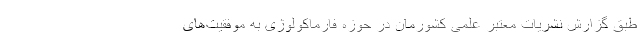
طبق گزارش نشریات معتبر علمی کشورمان در حوزه فارماکولوژی به موفقیت‌های